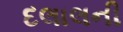
દલાલની